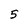
Character: 5